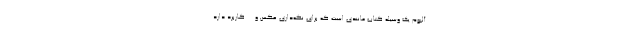
آلبوم یک وسیله کتاب مانندی است که برای نگه‌داری عکس و ... کاربرد دارد